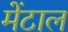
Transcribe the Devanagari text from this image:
मेंटाल